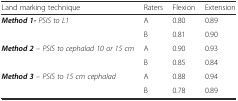
<table><thead><tr><td><b>Land marking technique</b></td><td><b>Raters</b></td><td><b>Flexion</b></td><td><b>Extension</b></td></tr></thead><tbody><tr><td rowspan="2"><b><i>Method 1-</i></b><i>PSIS to L1</i></td><td>A</td><td>0.80</td><td>0.89</td></tr><tr><td>B</td><td>0.81</td><td>0.90</td></tr><tr><td rowspan="2"><b><i>Method 2</i></b><i>– PSIS to cephalad 10 or 15 cm</i></td><td>A</td><td>0.90</td><td>0.93</td></tr><tr><td>B</td><td>0.85</td><td>0.84</td></tr><tr><td rowspan="2"><b><i>Method 3</i></b><i>– PSIS to 15 cm cephalad</i></td><td>A</td><td>0.88</td><td>0.94</td></tr><tr><td>B</td><td>0.78</td><td>0.89</td></tr></tbody></table>